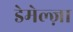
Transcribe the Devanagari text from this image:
डेमेल्ज़ा